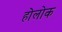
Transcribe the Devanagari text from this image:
होलोक